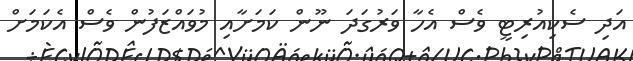
އަދި ސެކިއުރިޓީ ވެސް އެހާ ވަރުގަދަ ނޫން ކަމަށާއި މުވައްޒަފުން ވެސް އެކަމަށް